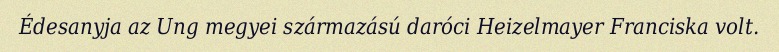
Édesanyja az Ung megyei származású daróci Heizelmayer Franciska volt.